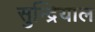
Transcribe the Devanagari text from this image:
सुन्द्रियाल